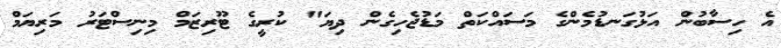
އެ ހިސާބުން އަޅުގަނޑުމެންގެ މަސައްކަތް މަޑުޖެހިގެން ދިޔަ" ކުރީގެ ޓޫރިޒަމް މިނިސްޓަރު މަރިޔަމް